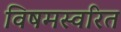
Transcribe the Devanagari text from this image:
विषमस्वरित